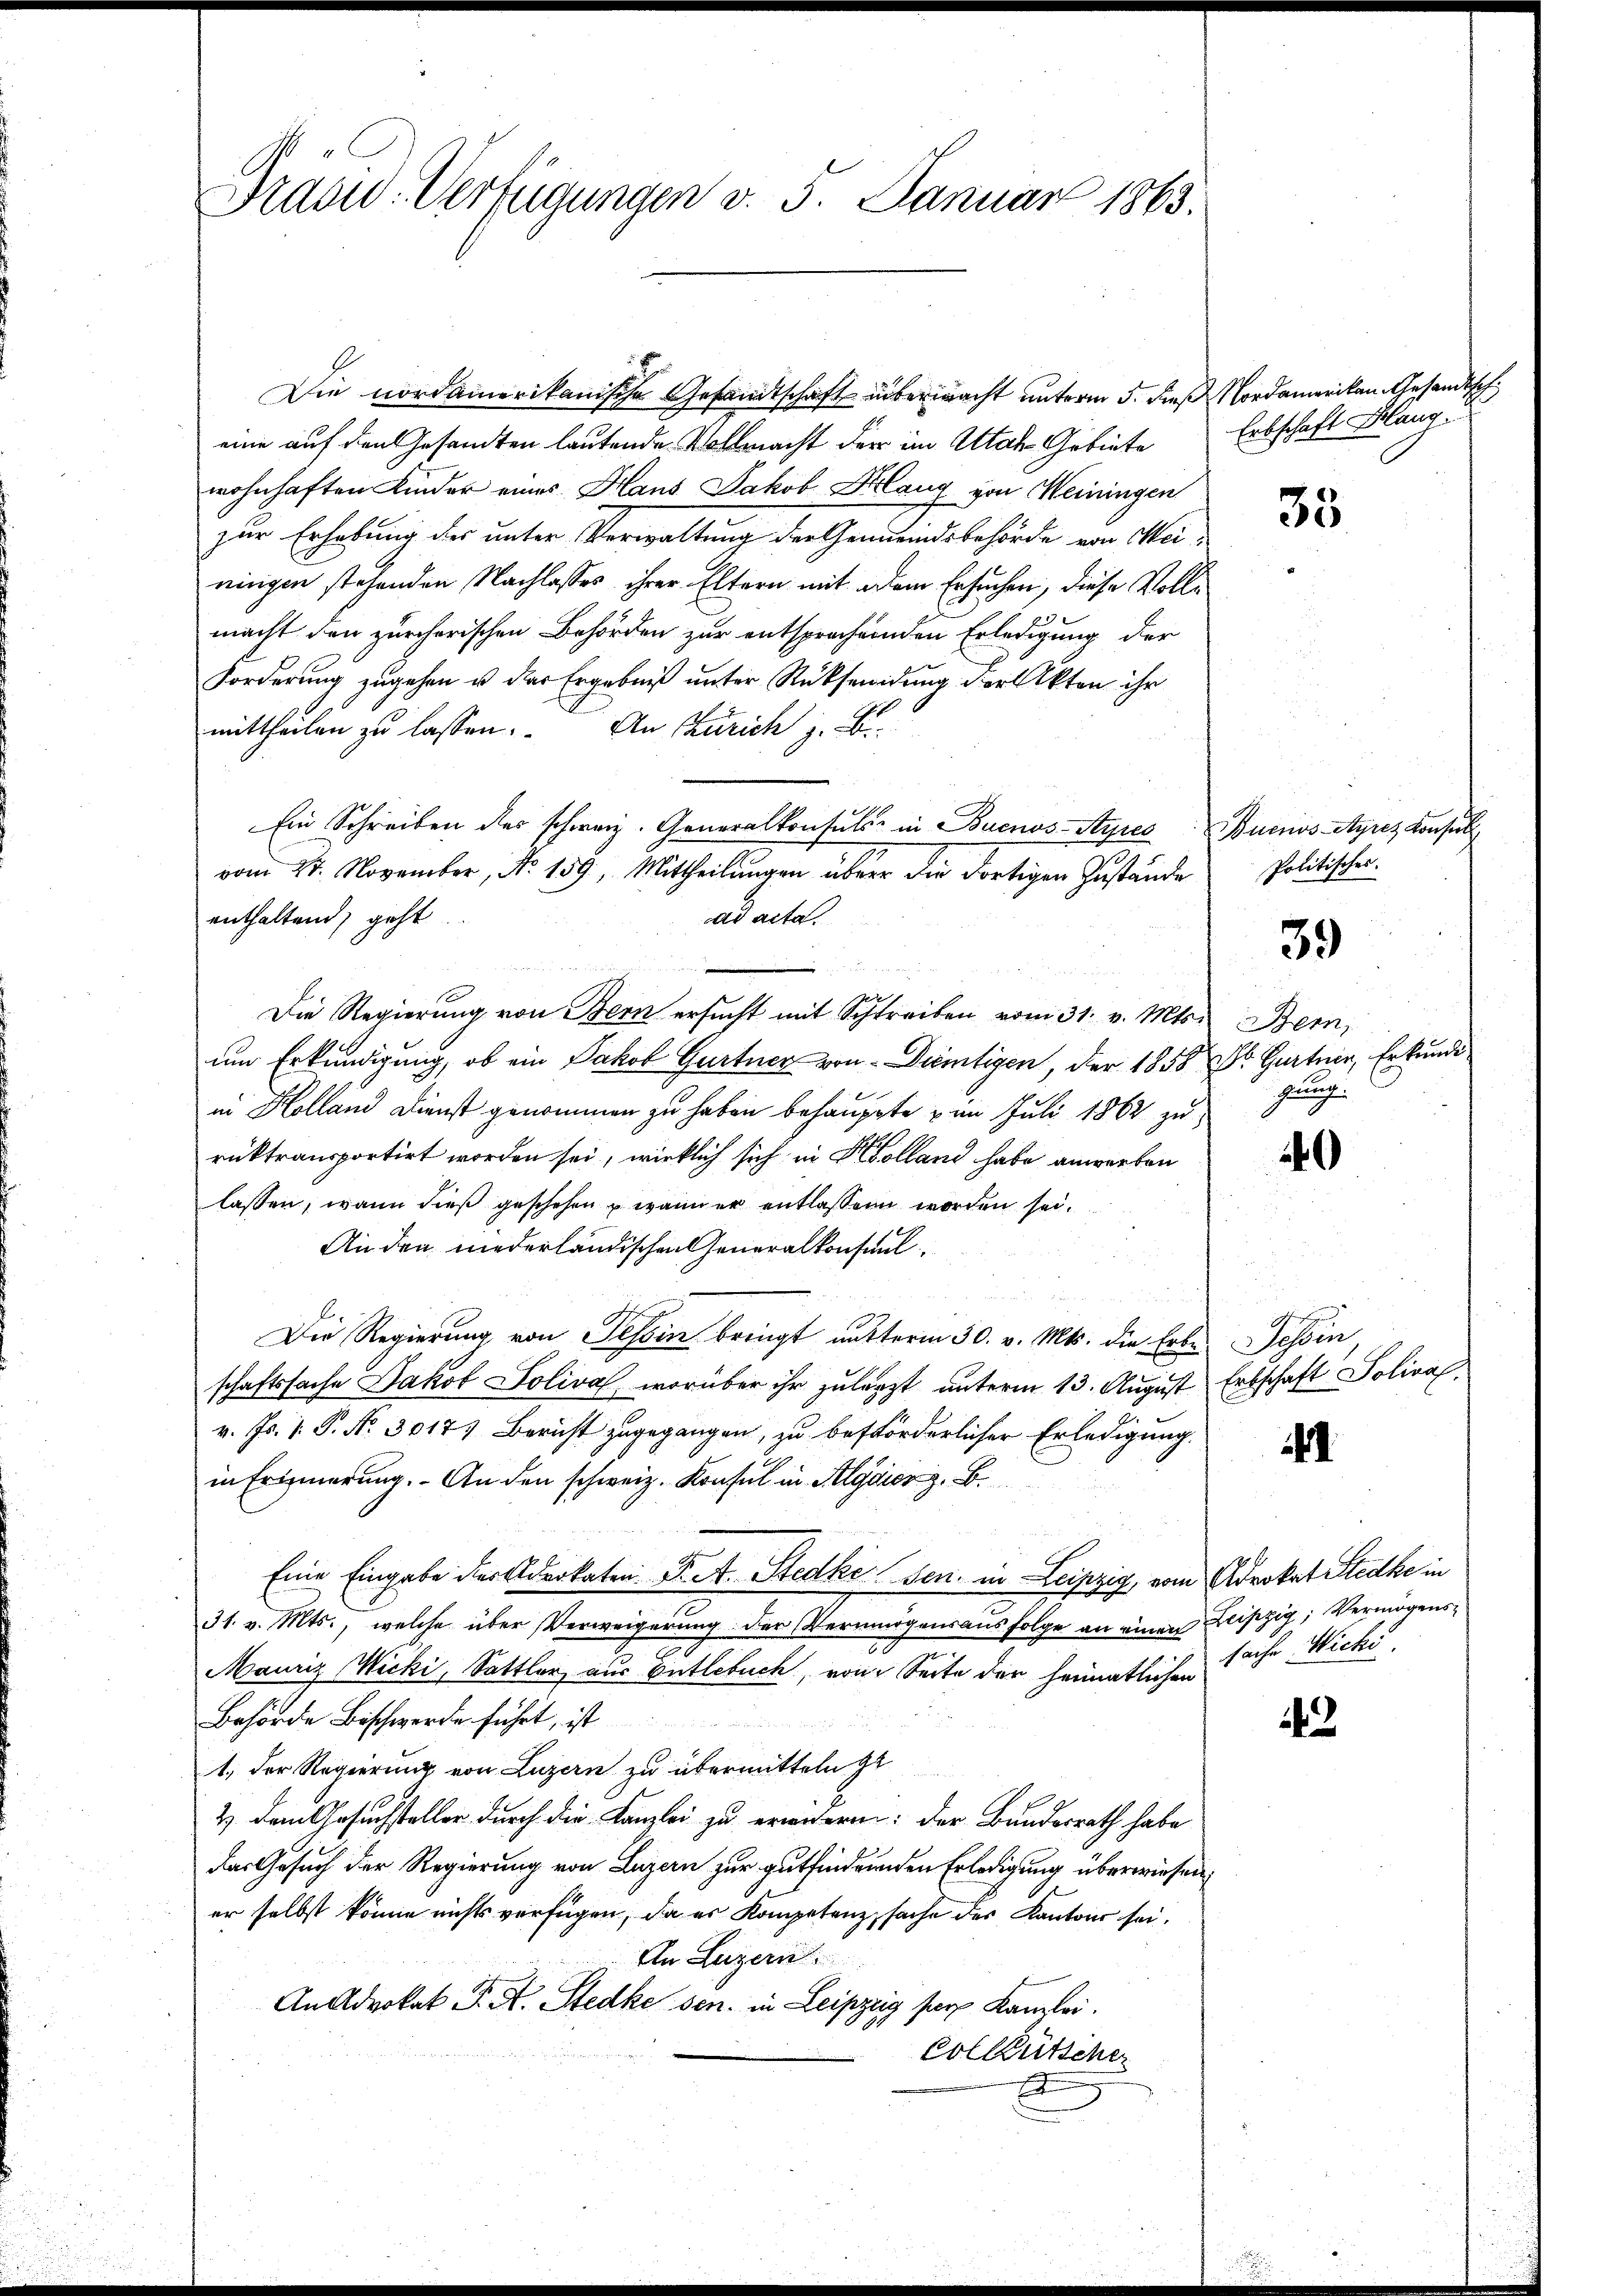
Präsid. Verfügungen v. 5. Januar 1865.

Die nordamerikanische Gesandtschaft übermacht unterm 5. dieß Nordamerikan Gesandtsch
eine auf den Gesandten lautende Vollmacht der im Attal- Gebiete
wohnhaften Kinder eines Haus Jakob Klang von Meiningen
zur Erhebung der unter Verwaltung der Gemeindsbehörde von Meiningen stehenden Nachlasses ihrer Eltern mit dem Ersuchen, diese Vollmacht den zürcherischen Behörden zur entsprochenden Erledigung der
Forderung zugehen u. das Ergebniß unter Rücksendung der Akten ihr
mittheilen zu lassen. An Zürich z. B.
Ein Schreiben der schweiz. Generalkontuls in Buenos-Ayres Buenos-Ayres Konsul
vom 21. November, No. 159, Mittheilungen über die dortigen Zustände
enthaltend, geht
ad acta
Die Regierung von Bern ersŭcht mit Schreiben vom 31. v. Mts. Bern,
um Erkundigung, ob ein Jakob Gurtner von Dümtigen, der 1858 Dr. Gartner, Erkunde
in Kolland Dienst genommen zu haben behauptte im Juli 1862 zu
rüktransportirt worden sei, wirklich sich in Kolland habe anwerben
lassen, wenn dieß geschehen, wenn er entlassen worden sei.
An den niederländischen Generalkonsunt
Die Regierung von Tessin bringt unterm 30. v. Mts. die Erbe Tessin
schaftssache Jakob Soliva, worüber ihr zulanzt unterm 13. August Erbschaft Soliva
v. Js. 1. P. Nr. 3017) Bericht zugegangen, zu beförderlicher Erledigung.
in Erinnerung. An den schweiz. Konsul in Algier z. B.
Eine Eingabe der Advokaten B. A. Stedkesen. in Leipzig, vom Advokat Stecke in
31. v. Mts., welche über Verweigerung der Vermögensausfolge an einen Beiszig, Vermögens¬
Mauriz Micki, Sattler aus Entlebuch, von Seite der heimatlichen
Behörde Beschwerde führt, ist
1., der Regierung von Luzern zu übermitteln st
2) dem Gesuchsteller durch die Kanzlei zu erwanderen: der Bundesrath habe
das Gesuch der Regierung von Luzern zur gutfinderenden Erledigung überwiesen,
er selbst könne nichts verfügen, da es Kompetenz sache des Kantons sei.
An Luzern
An Advokat P. R. Stecke sen. in Leipzig ser Kanzlei.
Collütscher
2

Erbschaft Klang

35

Politisches.

39

hrung

40

1

2

sache Michi.